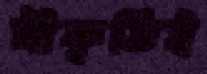
স্বীকৃতিই